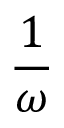
\frac { 1 } { \omega }